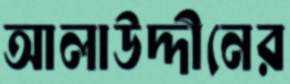
আলাউদ্দীনের